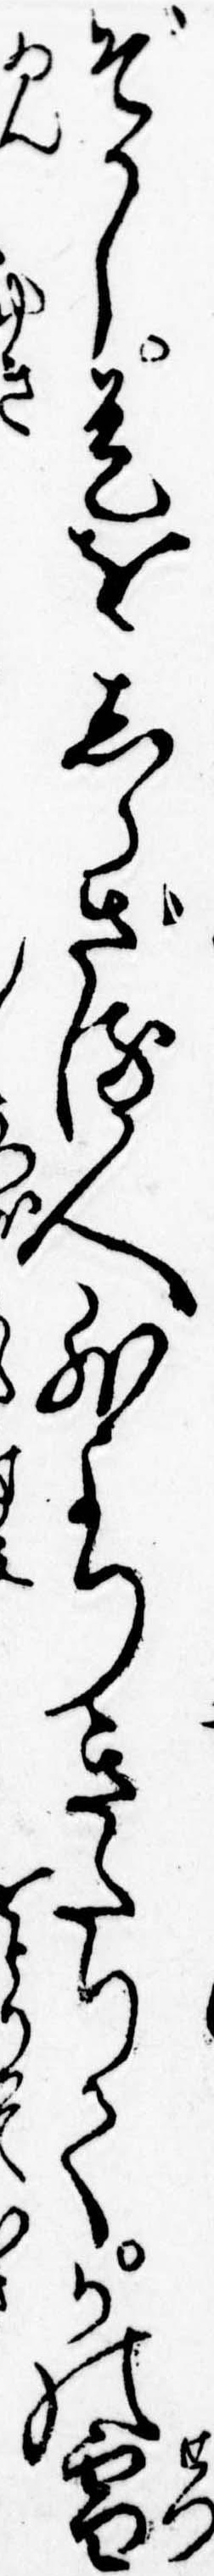
ぞかし是をしらざる人外よりきたりてかの雪